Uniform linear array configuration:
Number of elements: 12
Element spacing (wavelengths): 0.75
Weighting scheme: binomial
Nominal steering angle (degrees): -30
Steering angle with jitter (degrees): -28.393
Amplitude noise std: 0.05
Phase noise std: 0.05

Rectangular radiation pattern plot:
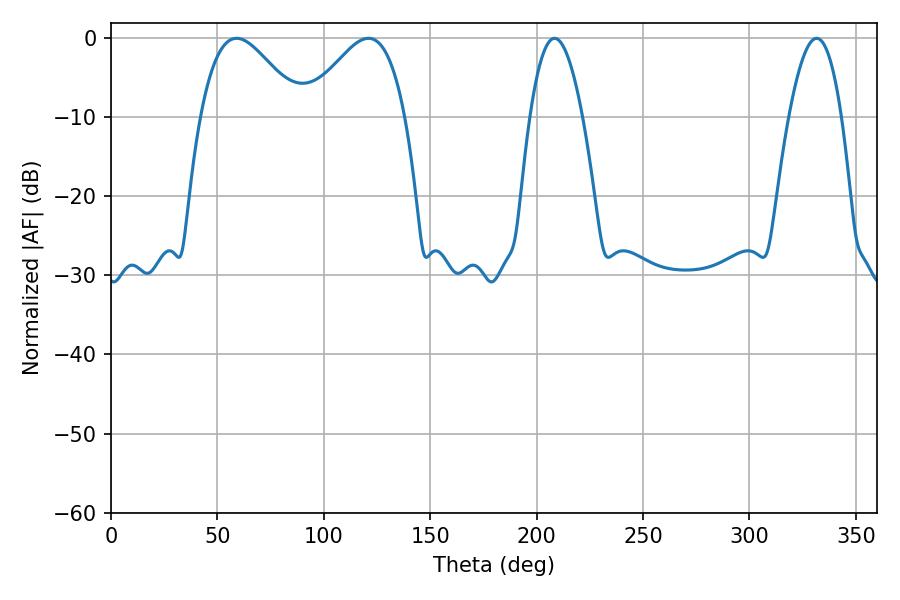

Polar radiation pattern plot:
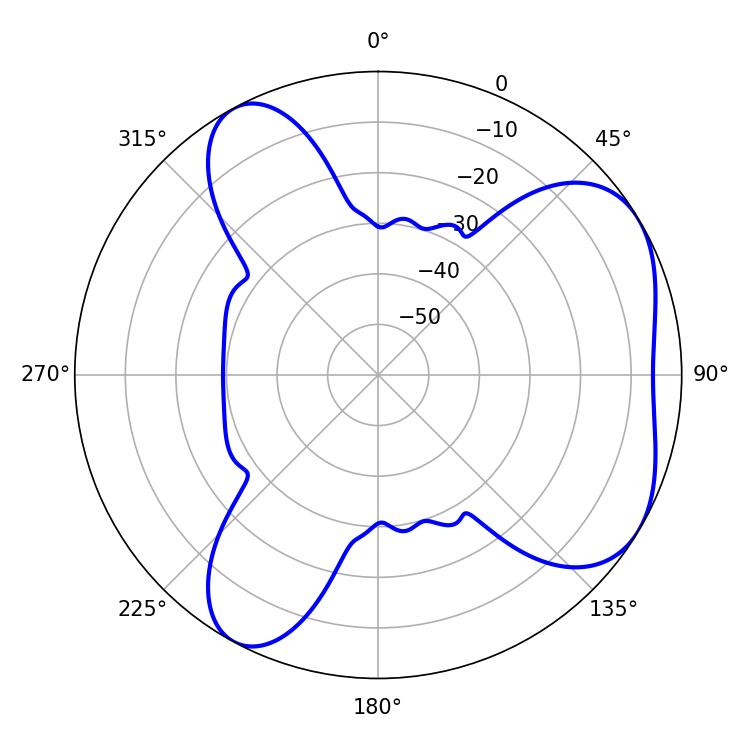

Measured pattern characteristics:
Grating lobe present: TRUE
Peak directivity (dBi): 5.181
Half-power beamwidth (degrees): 25.02
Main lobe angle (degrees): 59.04